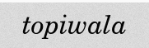
topiwala